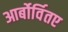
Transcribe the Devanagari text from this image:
आर्बोर्वितए